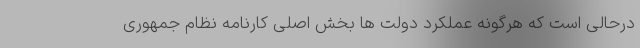
درحالی است که هرگونه عملکرد دولت ها بخش اصلی کارنامه نظام جمهوری